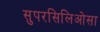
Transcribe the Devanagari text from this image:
सुपरसिलिओसा